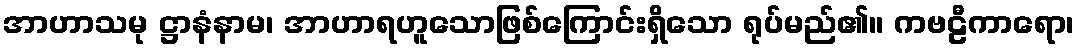
အာဟာသမု ဋ္ဌာနံနာမ၊ အာဟာရဟူသောဖြစ်ကြောင်းရှိသော ရုပ်မည်၏။ ကဗဠီကာရော၊